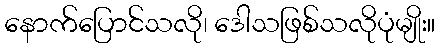
နောက်ပြောင်သလို၊ ဒေါသဖြစ်သလိုပုံမျိုး။